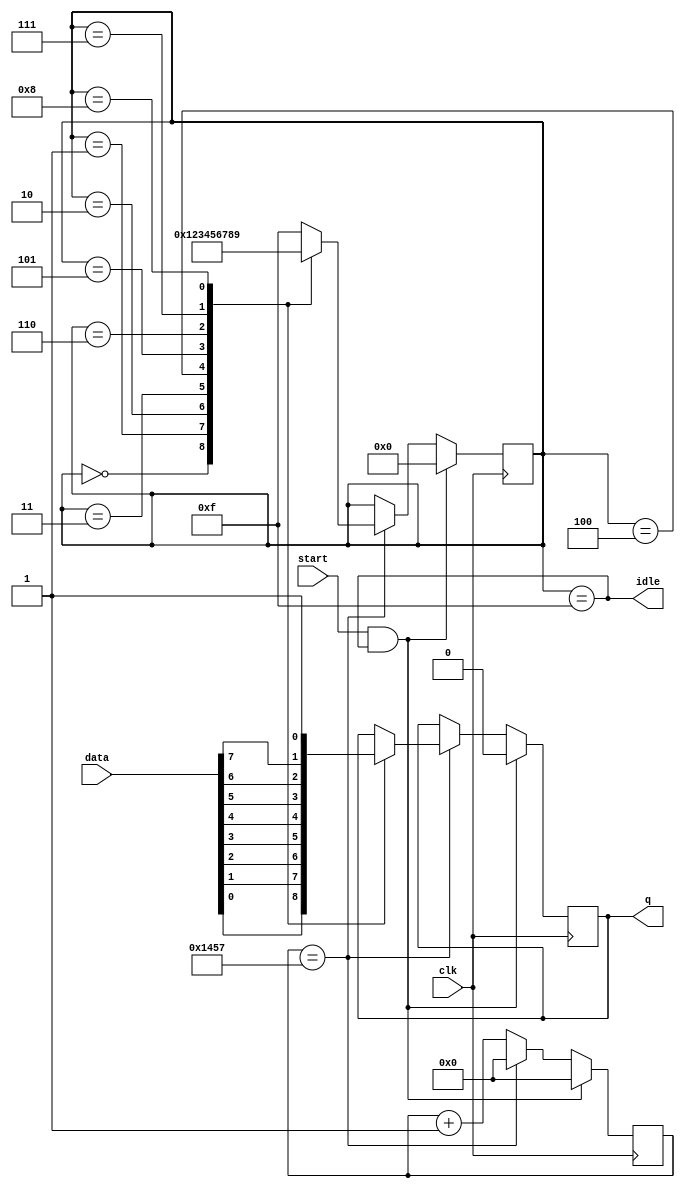
module uart_tx #(
    parameter BAUDRATE = 9600,
    parameter F_CLK = 50_000_000
) (
    input clk,
    input start,
    input [7:0]data,

    output idle,
    output reg q = 1'b1
);

assign idle = (bit_num == 4'hF);

reg [32:0]cnt = 32'b0;
reg [3:0]bit_num = 4'hF;
wire bit_start = (cnt == (F_CLK / BAUDRATE) - 1);

always @(posedge clk) begin
    if (start && idle)
        cnt <= 32'b0;
    else if (bit_start)
        cnt <= 32'b0;
    else
        cnt <= cnt + 32'b1;
end

always @(posedge clk) begin
    if (start && idle) begin
        bit_num <= 4'h0;
        q <= 1'b0; // Start
    end
    else if (bit_start) begin
        case (bit_num)
        4'h0: begin bit_num <= 4'h1; q <= data[0]; end
        4'h1: begin bit_num <= 4'h2; q <= data[1]; end
        4'h2: begin bit_num <= 4'h3; q <= data[2]; end
        4'h3: begin bit_num <= 4'h4; q <= data[3]; end
        4'h4: begin bit_num <= 4'h5; q <= data[4]; end
        4'h5: begin bit_num <= 4'h6; q <= data[5]; end
        4'h6: begin bit_num <= 4'h7; q <= data[6]; end
        4'h7: begin bit_num <= 4'h8; q <= data[7]; end
        4'h8: begin bit_num <= 4'h9; q <= 1'b1; end // Stop
        default: begin bit_num <= 4'hF; end
        endcase
    end
end

endmodule